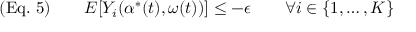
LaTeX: ( { \mathrm { E q . ~ } } 5 ) \qquad E [ Y _ { i } ( \alpha ^ { * } ( t ) , \omega ( t ) ) ] \leq - \epsilon \qquad \forall i \in \{ 1 , \ldots , K \}